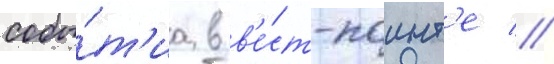
собы́т'иа в в'е́ст-поинт'е //